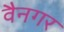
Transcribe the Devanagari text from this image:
वैनगर